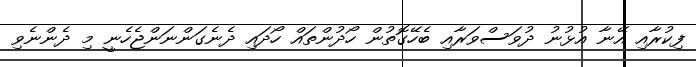
ފިކުރާއި އޭނާ އުޅުނު ދުވަސްވަރާއި ބެހޭގޮތުން ހޯދުންތައް ހޯދައި ދެނެގަންނަންޖެހެނީ މި ދެންނެވި